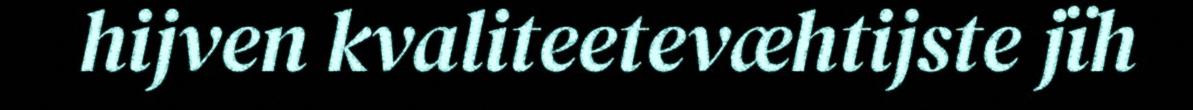
hijven kvaliteetevæhtijste jïh